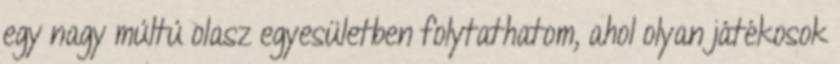
egy nagy múltú olasz egyesületben folytathatom, ahol olyan játékosok